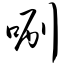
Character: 唰